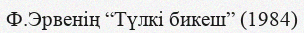
Ф.Эрвенің “Түлкі бикеш” (1984)